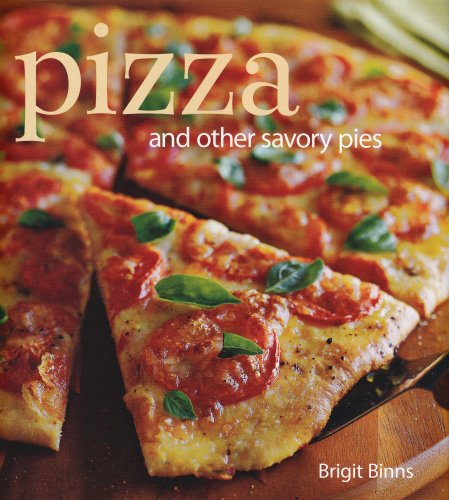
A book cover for Pizza: And other savory pies; Brigit Binns; Cookbooks, Food & Wine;